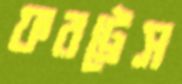
ফরট্রেস